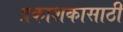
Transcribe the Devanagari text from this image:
प्रकाशकासाठी